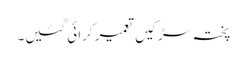
پختہ سڑکیں تعمیر کرائی گئیں۔